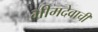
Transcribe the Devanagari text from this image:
भीमदेवाची